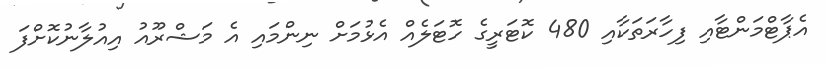
އެޕާޓްމަންޓާއި ފިހާރަތަކާއި 480 ކޮޓަރީގެ ހޮޓަލެއް އެޅުމަށް ނިންމައި އެ މަޝްރޫއު އިއުލާނުކޮށްފަ